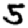
Digit: 5